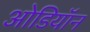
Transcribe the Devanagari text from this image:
ओडियॉन